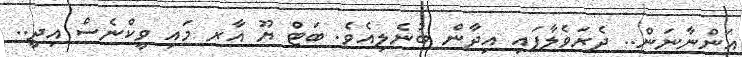
އަންނާނަން.. ދެރަވެލާފައި އިދާން ބުނެލިއެވެ. ބަޓް ޔޫ އާރ މައި ވީކްނެސް އިދީ..